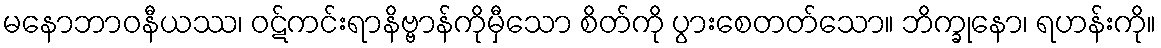
မနောဘာဝနီယဿ၊ ဝဋ်ကင်းရာနိဗ္ဗာန်ကိုမှီသော စိတ်ကို ပွားစေတတ်သော။ ဘိက္ခုနော၊ ရဟန်းကို။